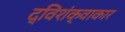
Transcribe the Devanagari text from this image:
द्विशंक्वाकार